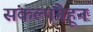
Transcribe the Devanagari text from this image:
संकल्पनेहून